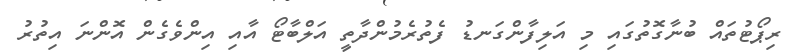
ރިޕޯޓުތައް ބުނާގޮތުގައި މި އަލިފާންގަނޑު ފެތުރެމުންދާތީ އަލްބާޓޯ އާއި އިންވެގެން އޮންނަ އިތުރު